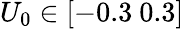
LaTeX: U_{0}\in[-0.3\mathrm{~}0.3]